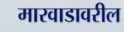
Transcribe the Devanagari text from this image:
मारवाडावरील